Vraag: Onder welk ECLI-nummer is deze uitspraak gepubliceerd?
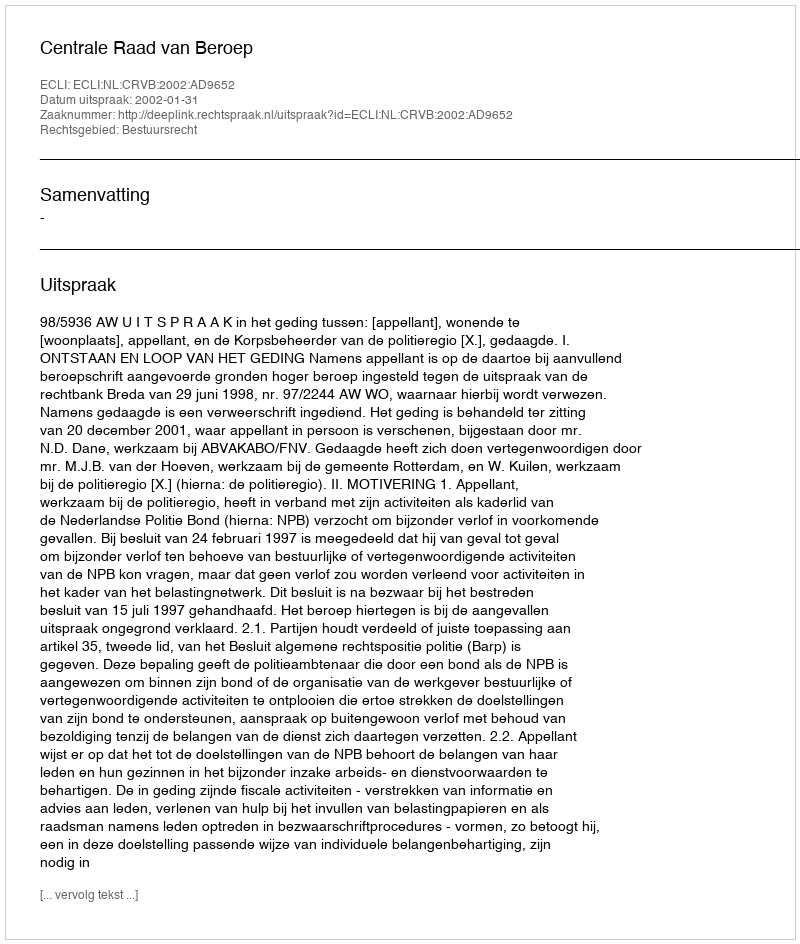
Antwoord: ECLI:NL:CRVB:2002:AD9652